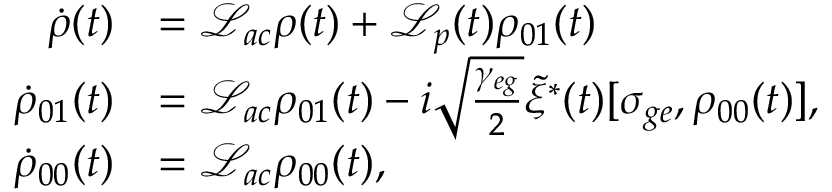
\begin{array} { r l } { \dot { \rho } ( t ) } & { = \mathcal { L } _ { a c } \rho ( t ) + \mathcal { L } _ { p } ( t ) \rho _ { 0 1 } ( t ) } \\ { \dot { \rho } _ { 0 1 } ( t ) } & { = \mathcal { L } _ { a c } \rho _ { 0 1 } ( t ) - i \sqrt { \frac { \gamma _ { e g } } { 2 } } \tilde { \xi } ^ { * } ( t ) [ \sigma _ { g e } , \rho _ { 0 0 } ( t ) ] , } \\ { \dot { \rho } _ { 0 0 } ( t ) } & { = \mathcal { L } _ { a c } \rho _ { 0 0 } ( t ) , } \end{array}